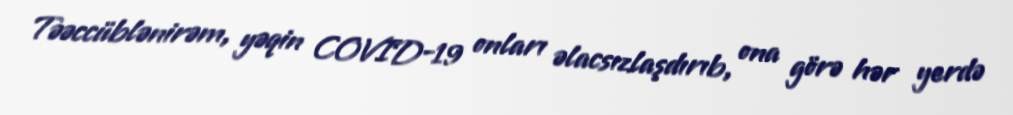
Təəccüblənirəm, yəqin COVID-19 onları əlacsızlaşdırıb, ona görə hər yerdə